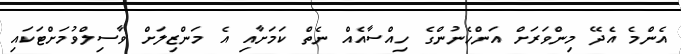
އެންމެ އެދޭ މިންވަރަށް އަންހެނުންގެ ހިއްސާއެއް ނެތް ކަމަށާއި އެ މަންޒިލަށް ވާސިލްވުމަށްޓަކައި